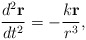
\begin{align*}\frac{d^2 {\bf r}}{d t^2} = - \frac{k{\bf r}}{r^3},\end{align*}